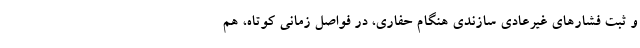
و ثبت فشارهای غیرعادی سازندی هنگام حفاری، در فواصل زمانی کوتاه، هم